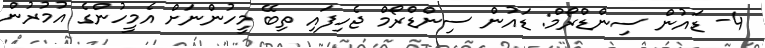
4- ޑައުން ސިންޑްރޯމް: ޑައުން ސިންޑްރޯމް ޖެހިފައި ތިބޭ މީހުންނަށް އެމީހުންގެ އުމުރުން